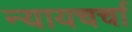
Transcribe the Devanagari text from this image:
न्यायचर्चा